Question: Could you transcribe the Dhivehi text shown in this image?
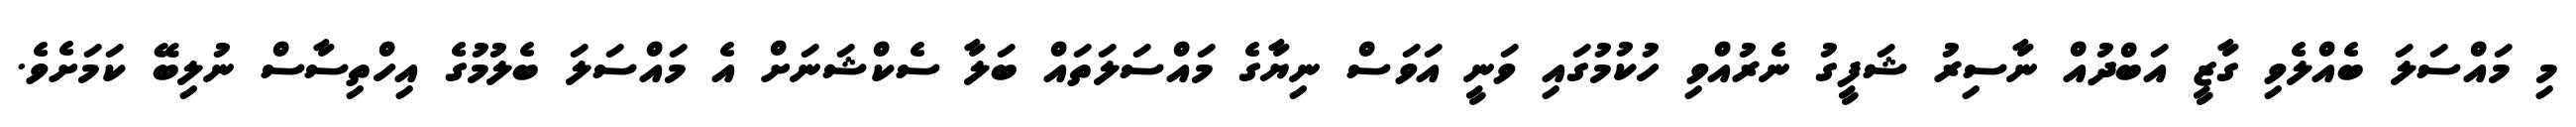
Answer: މި މައްސަލަ ބެއްލެވި ގާޒީ އަބްދުއް ނާސިރު ޝަފީގު ނެރުއްވި ހުކުމުގައި ވަނީ އަވަސް ނިޔާގެ މައްސަލަތައް ބަލާ ސެކްޝަނަށް އެ މައްސަލަ ބެލުމުގެ އިހްތިސާސް ނުލިބޭ ކަމަށެވެ.